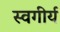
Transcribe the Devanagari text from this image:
स्वगीर्य